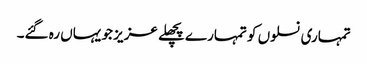
تمہاری نسلوں کو تمہارے پچھلے عزیز جو یہاں رہ گئے۔